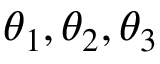
\theta _ { 1 } , \theta _ { 2 } , \theta _ { 3 }